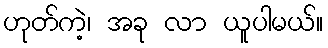
ဟုတ်ကဲ့၊ အခု လာ ယူပါမယ်။